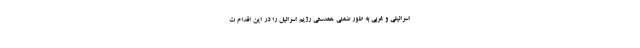
اسرائیلی و غربی به طور ضمنی همدستی رژیم اسرائیل را در این اقدام ت